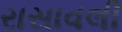
રાસાવલી